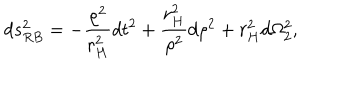
d s _ { R B } ^ { 2 } = - \frac { \rho ^ { 2 } } { r _ { H } ^ { 2 } } d t ^ { 2 } + \frac { r _ { H } ^ { 2 } } { \rho ^ { 2 } } d \rho ^ { 2 } + r _ { H } ^ { 2 } d \Omega _ { 2 } ^ { 2 } ,